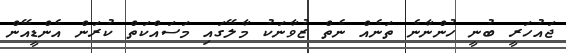
ޖައުހަރީ ބުނީ ހުންނާނެ ތަނެއް ނެތް ޒުވާނަކު މާލޭގައި މަސައްކަތް ކުރަން އެންޑީއޭން